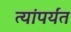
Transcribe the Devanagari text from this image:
त्यांपर्यंत